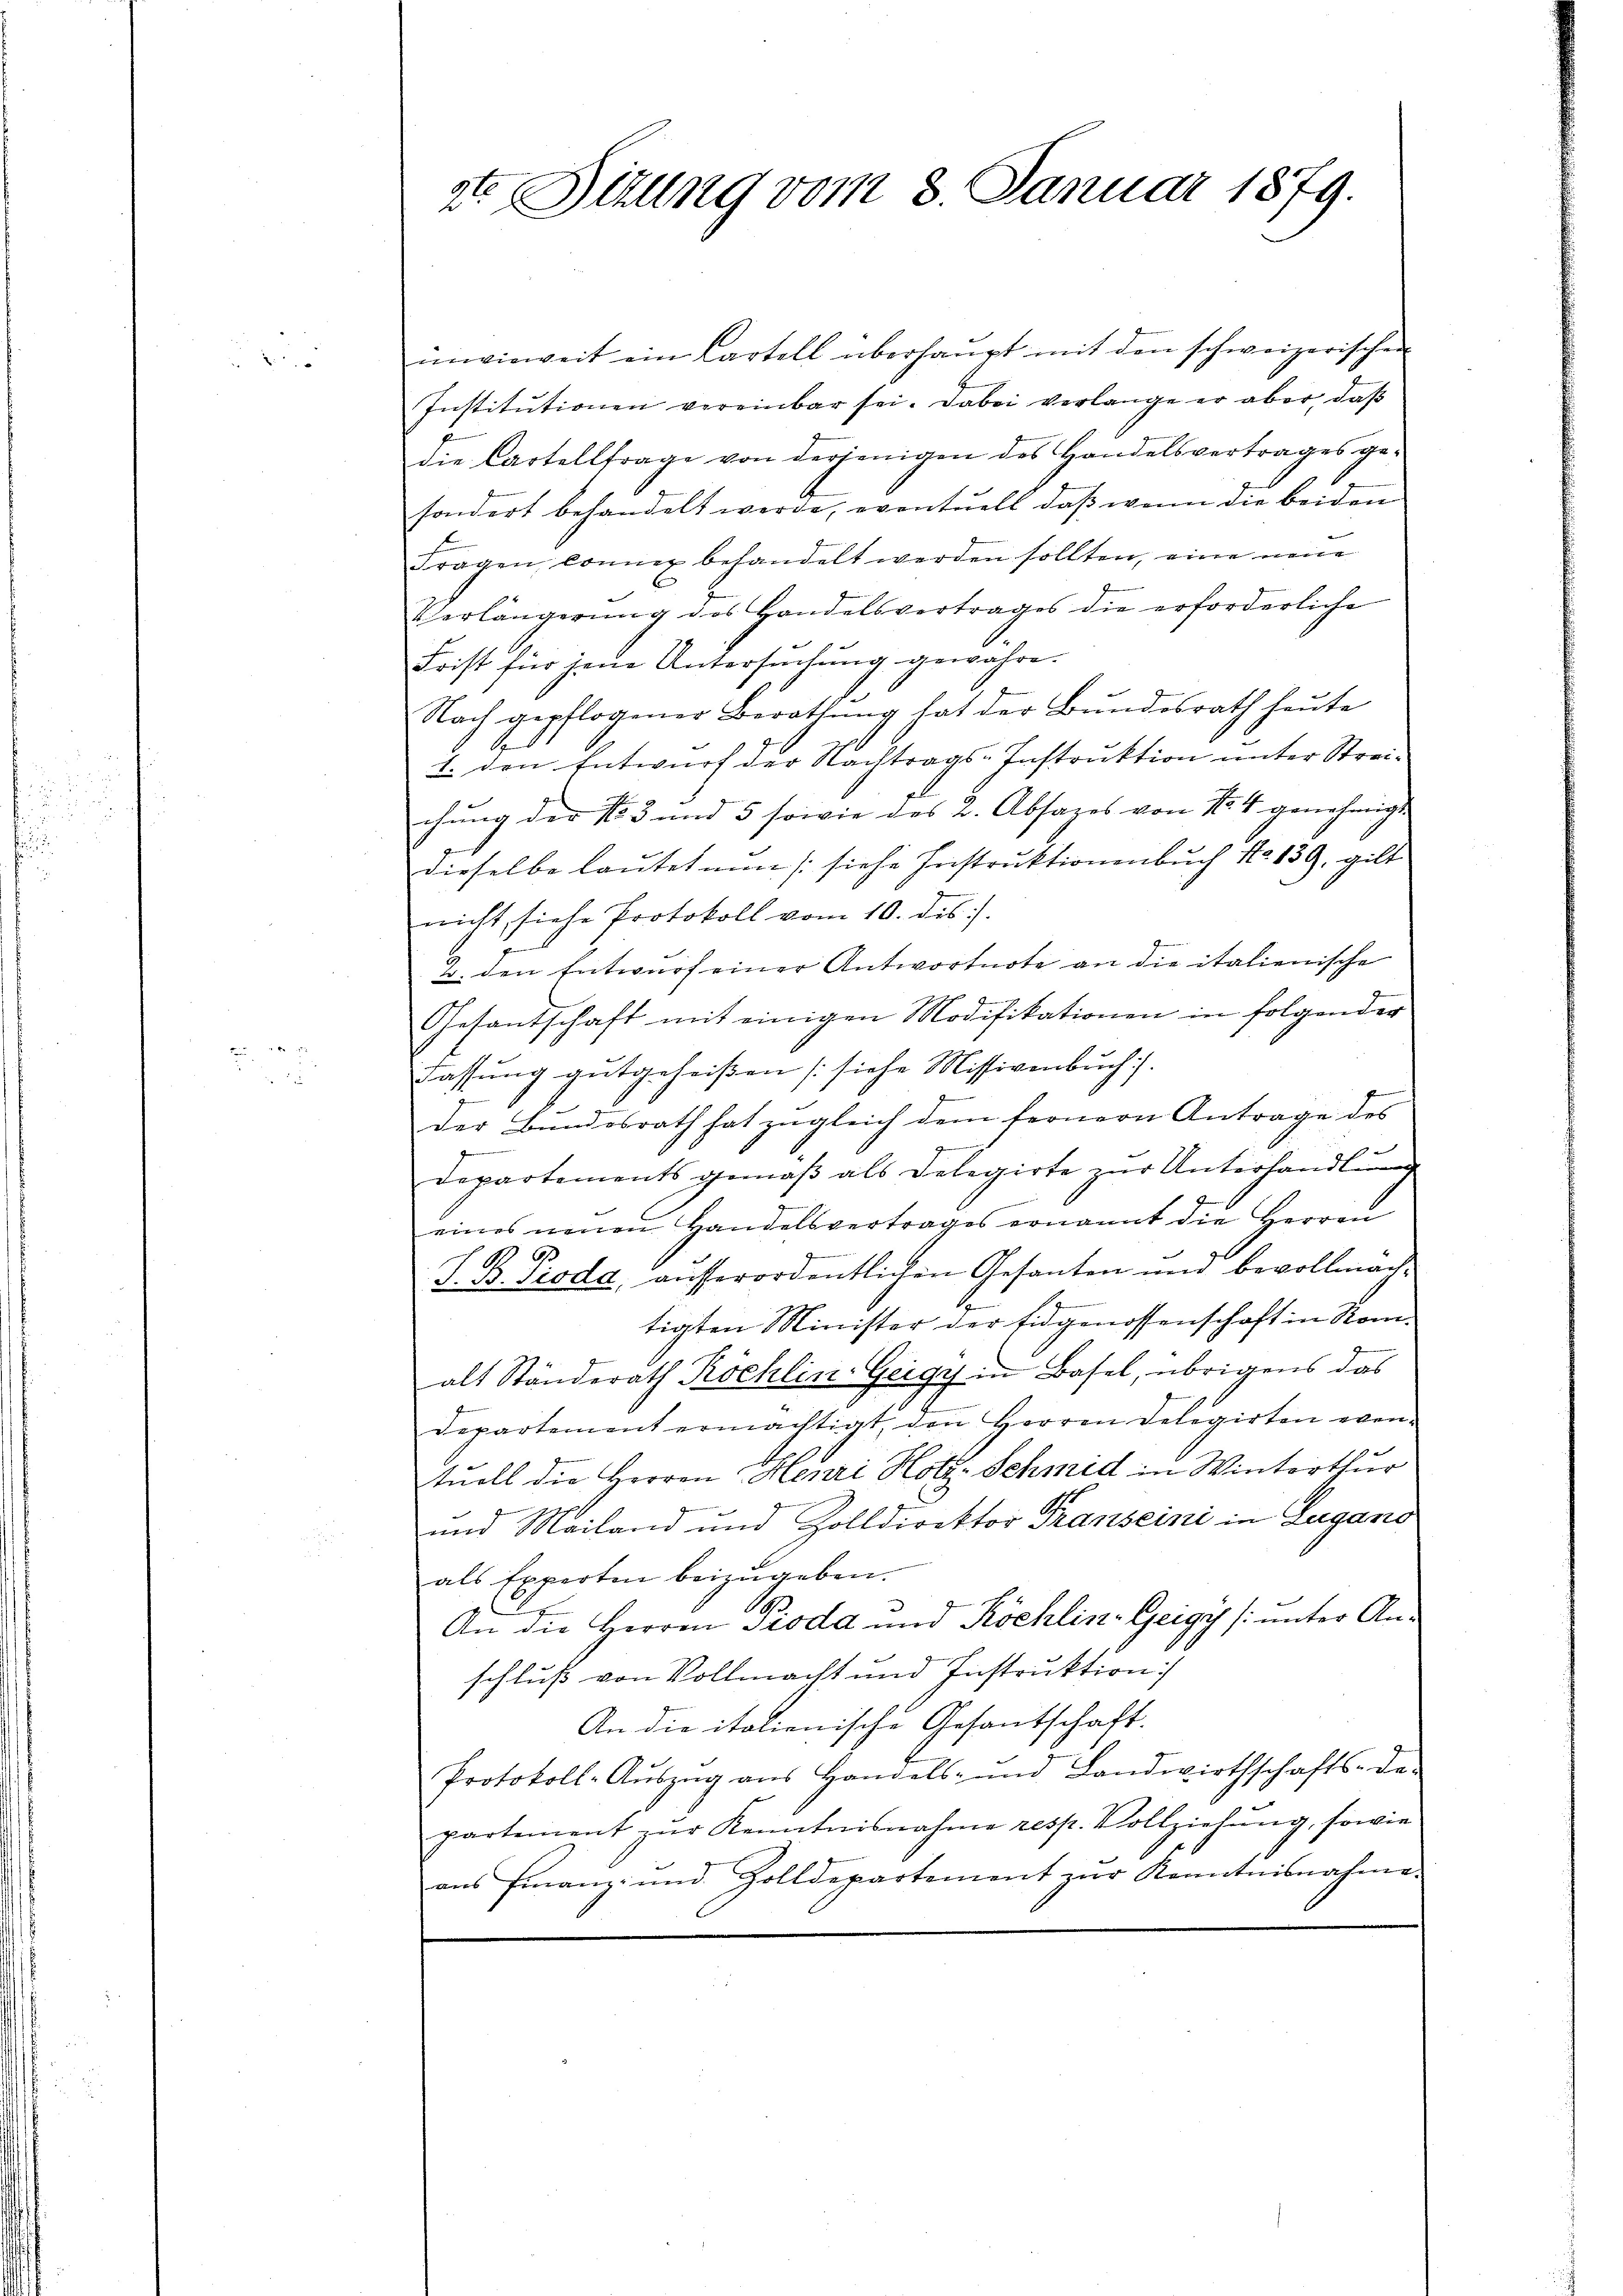
.

2te Sitzung vom 8. Januar 1879.

inwieweit ein Cartell überhaupt mit den schweizerischen
Institutionen vereinbar sei. Dabei verlange er aber, daβ
die Cartellfrage von derjenigen des Handelsvertrages ge-
sondert behandelt werde, eventuell, daß wenn die beiden
Fragen können behandelt werden sollten, eine neue
Verlängerŭng des Handelsvertrages die erforderliche
Frist für jene Untersŭchŭng gewahre.
Nach gepflogener Berathung hat der Bundesrath heute
1. den Entwurf der Nachtrags-Instruktion unter Strei-
chung der 153 und 5 sowie des 2. Absages von No. 4. genehmigt.
dieselbe lautet ain [siehe Instruktionenbuch No 139, gilt
nicht, siehe Protokoll vom 10. des
v. den Entwurf einer Antwortnote an die italienische
Gesantschaft mit einigen Modifikationen in folgender
Fassung gutgeheißen [siehe Missivenbuch).
der Bundesrath hat zugleich dem fernern Antrage des
1
Departements gemäß als Delegirte zur Unterhandlung
eines neuen Handelsvertrages ernannt die Herren
393
6
J. B. Pioda, ausserordentlichen Gesanten und bevollmach¬
2
tigten Minister der Eidgenossenschaft in Romalt Ständerath Köchlin-Geigy in Basel, übrigens das
Departement ermächtigt, den Herren Delegirten even-
tuell die Herren Henri Hotz Schmid in Winterthur
und Mailand und Zolldirektor Transeini in Lugano
als Experten beizugeben.
An die Herren Pioda und Köchlin-Geigy (unter Anschluß von Vollmacht und Instruktion
An die italienische Gesantschaft.
Protokoll-Aŭszŭg aŭs Handels- und Landwirthschafts-de-
partement zŭr Kenntnisnahme resp. Vollziehŭng, sowie
ans Finanz- und Zolldepartement zŭr Kenntnisnahme.